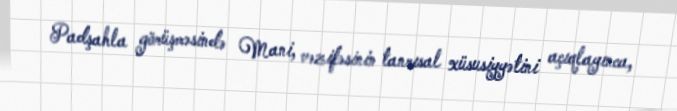
Padşahla görüşməsində Mani, vəzifəsinin tanrısal xüsusiyyətini açıqlayınca,